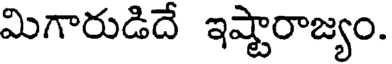
మిగారుడిదే ఇష్టారాజ్యం.